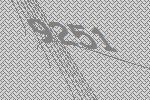
9251